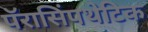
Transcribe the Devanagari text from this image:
पॅरासिंपथेटिक